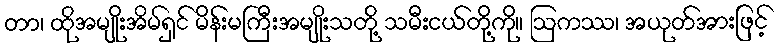
တာ၊ ထိုအမျိုးအိမ်ရှင် မိန်းမကြီးအမျိုးသတို့ သမီးငယ်တို့ကို။ ဩကဿ၊ အယုတ်အားဖြင့်